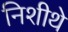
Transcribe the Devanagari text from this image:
निशीथे